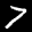
Label: 7